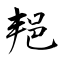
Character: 邫